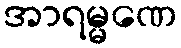
အာရမ္မဏေ